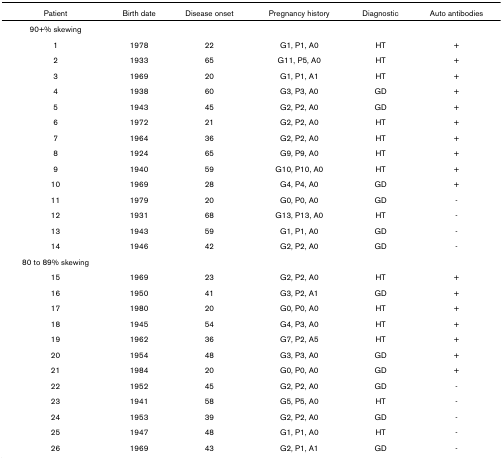
<table><thead><tr><td><b>Patient</b></td><td><b>Birth date</b></td><td><b>Disease onset</b></td><td><b>Pregnancy history</b></td><td><b>Diagnostic</b></td><td><b>Auto antibodies</b></td></tr></thead><tbody><tr><td>90+% skewing</td><td></td><td></td><td></td><td></td><td></td></tr><tr><td>1</td><td>1978</td><td>22</td><td>G1, P1, A0</td><td>HT</td><td>+</td></tr><tr><td>2</td><td>1933</td><td>65</td><td>G11, P5, A0</td><td>HT</td><td>+</td></tr><tr><td>3</td><td>1969</td><td>20</td><td>G1, P1, A1</td><td>HT</td><td>+</td></tr><tr><td>4</td><td>1938</td><td>60</td><td>G3, P3, A0</td><td>GD</td><td>+</td></tr><tr><td>5</td><td>1943</td><td>45</td><td>G2, P2, A0</td><td>GD</td><td>+</td></tr><tr><td>6</td><td>1972</td><td>21</td><td>G2, P2, A0</td><td>HT</td><td>+</td></tr><tr><td>7</td><td>1964</td><td>36</td><td>G2, P2, A0</td><td>HT</td><td>+</td></tr><tr><td>8</td><td>1924</td><td>65</td><td>G9, P9, A0</td><td>HT</td><td>+</td></tr><tr><td>9</td><td>1940</td><td>59</td><td>G10, P10, A0</td><td>HT</td><td>+</td></tr><tr><td>10</td><td>1969</td><td>28</td><td>G4, P4, A0</td><td>GD</td><td>+</td></tr><tr><td>11</td><td>1979</td><td>20</td><td>G0, P0, A0</td><td>GD</td><td>-</td></tr><tr><td>12</td><td>1931</td><td>68</td><td>G13, P13, A0</td><td>HT</td><td>-</td></tr><tr><td>13</td><td>1943</td><td>59</td><td>G1, P1, A0</td><td>GD</td><td>-</td></tr><tr><td>14</td><td>1946</td><td>42</td><td>G2, P2, A0</td><td>GD</td><td>-</td></tr><tr><td>80 to 89% skewing</td><td></td><td></td><td></td><td></td><td></td></tr><tr><td>15</td><td>1969</td><td>23</td><td>G2, P2, A0</td><td>HT</td><td>+</td></tr><tr><td>16</td><td>1950</td><td>41</td><td>G3, P2, A1</td><td>GD</td><td>+</td></tr><tr><td>17</td><td>1980</td><td>20</td><td>G0, P0, A0</td><td>HT</td><td>+</td></tr><tr><td>18</td><td>1945</td><td>54</td><td>G4, P3, A0</td><td>HT</td><td>+</td></tr><tr><td>19</td><td>1962</td><td>36</td><td>G7, P2, A5</td><td>HT</td><td>+</td></tr><tr><td>20</td><td>1954</td><td>48</td><td>G3, P3, A0</td><td>GD</td><td>+</td></tr><tr><td>21</td><td>1984</td><td>20</td><td>G0, P0, A0</td><td>GD</td><td>+</td></tr><tr><td>22</td><td>1952</td><td>45</td><td>G2, P2, A0</td><td>GD</td><td>-</td></tr><tr><td>23</td><td>1941</td><td>58</td><td>G5, P5, A0</td><td>HT</td><td>-</td></tr><tr><td>24</td><td>1953</td><td>39</td><td>G2, P2, A0</td><td>GD</td><td>-</td></tr><tr><td>25</td><td>1947</td><td>48</td><td>G1, P1, A0</td><td>HT</td><td>-</td></tr><tr><td>26</td><td>1969</td><td>43</td><td>G2, P1, A1</td><td>GD</td><td>-</td></tr></tbody></table>